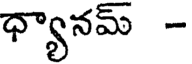
ధ్యానమ్ -